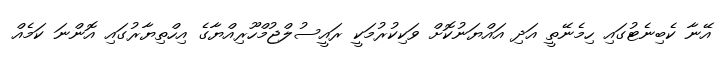
އޭނާ ކެބިނެޓުގައި ހިމެނޭތީ އަދި އައްޔަނުކޮށް ވަކިކުރުމަކީ ރައީސުލްޖުމްހޫރިއްޔާގެ އިހްތިޔާރުގައި އޮންނަ ކަމެއް